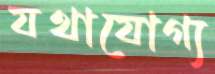
যথাযোগ্য